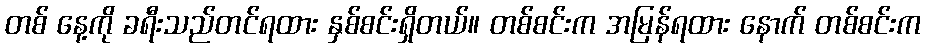
တစ် နေ့ကို ခရီးသည်တင်ရထား နှစ်စင်းရှိတယ်။ တစ်စင်းက အမြန်ရထား နောက် တစ်စင်းက